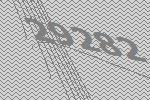
29282